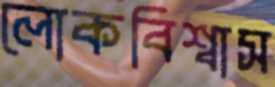
লোকবিশ্বাস